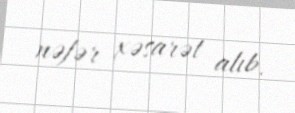
nəfər xəsarət alıb.